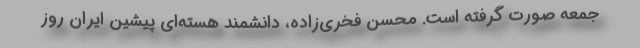
جمعه صورت گرفته است. محسن فخری‌زاده، دانشمند هسته‌ای پیشین ایران روز